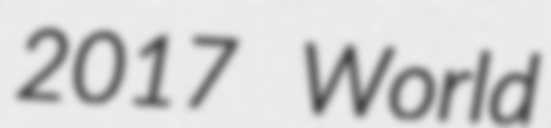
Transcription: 2017 World